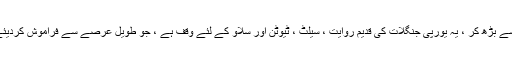
تاہم ، سب سے بڑھ کر ، یہ یورپی جنگلات کی قدیم روایت ، سیلٹ ، ٹیوٹن اور سلاو کے لئے وقف ہے ، جو طویل عرصے سے فراموش کردیئے گئے ہیں۔